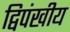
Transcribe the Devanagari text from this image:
द्विपंखीय